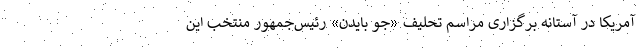
آمریکا در آستانه برگزاری مراسم تحلیف «جو بایدن» رئیس‌جمهور منتخب این